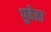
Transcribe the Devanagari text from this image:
पुढेहा